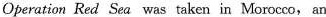
Operation Red Sea was taken in Morocco, an